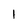
Character: l